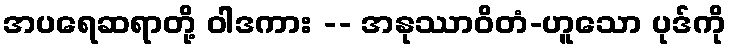
အပရေဆရာတို့ ဝါဒကား -- အနုဿာဝိတံ-ဟူသော ပုဒ်ကို